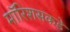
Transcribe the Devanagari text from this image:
मॉरिशसकडे